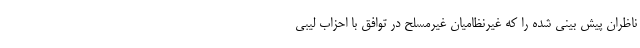
ناظران پیش بینی شده را که غیرنظامیان غیرمسلح در توافق با احزاب لیبی